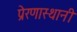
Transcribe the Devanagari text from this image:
प्रेरणास्थानी